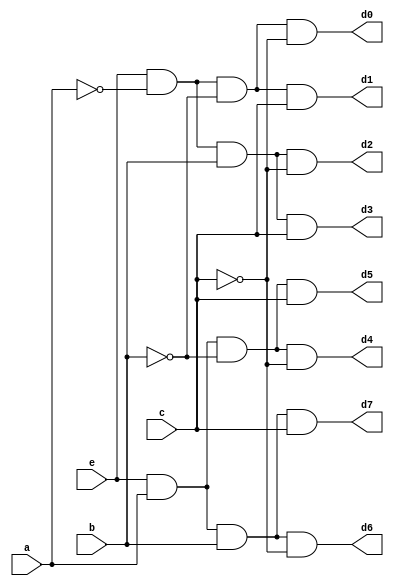
//////////////////////////////////////////////////////////////////////////////////
// Company: 
// 
// Design Name: 
// Module Name: Decoder_structural
// Project Name: 
// Target Devices: 
// Tool Versions: 
// Description: 
// 
// Dependencies: 
// 
// Revision:
// Revision 0.01 - File Created
// Additional Comments:
// 
//////////////////////////////////////////////////////////////////////////////////

`timescale 1ns / 1ps

module Decoder_structural(
    input e,
    input a,
    input b,
    input c,
    output d0,
    output d1,
    output d2,
    output d3,
    output d4,
    output d5,
    output d6,
    output d7
    );
    
    // Defining wires for signals
    wire a_not, b_not, c_not;
    
    // Instantiating Not gates as per the schematic
    not n0 (a_not, a);
    not n1 (b_not, b);
    not n2 (c_not, c);
    
    // Instantiating And gates as per the schematics
    and g0 (d0, e ,a_not, b_not, c_not);
    and g1 (d1, e, a_not, b_not, c);
    and g2 (d2, e, a_not, b, c_not);
    and g3 (d3, e, a_not, b, c);
    and g4 (d4, e, a, b_not, c_not);
    and g5 (d5, e, a, b_not, c);
    and g6 (d6, e, a, b, c_not);
    and g7 (d7, e, a, b, c);
    
endmodule